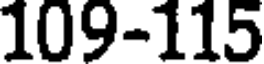
109-115